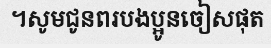
។សូមជូនពរបងប្អូនចៀសផុត